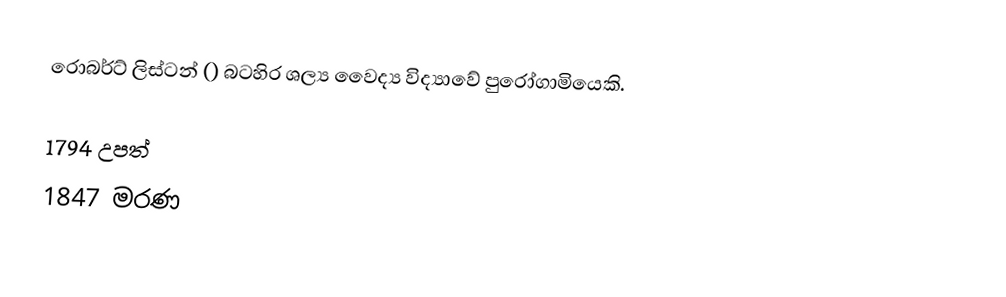
රොබර්ට් ලිස්ටන් () බටහිර ශල්‍ය වෛද්‍ය විද්‍යාවේ පුරෝගාමියෙකි.

1794 උපත්
1847 මරණ